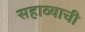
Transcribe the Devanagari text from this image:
सहाव्याची